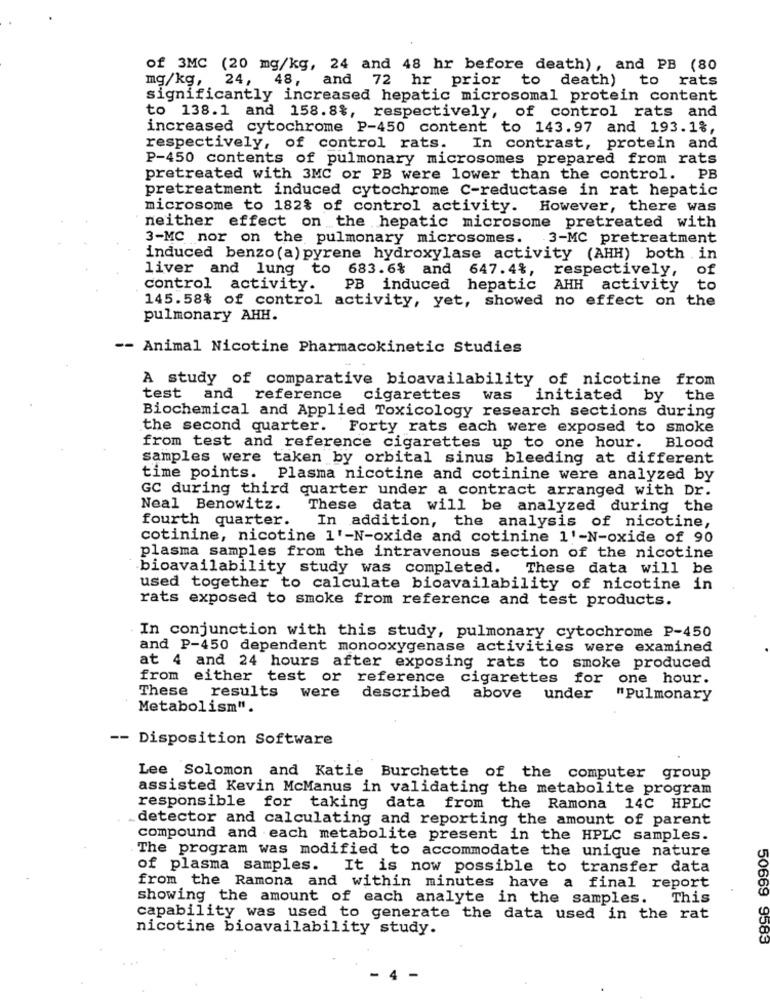
of 3MC (20 mg/kg, 24 and 48 hr before death), and PB (80
mg/kg, 24, 48, and 72 hr prior to death) to rats
significantly increased hepatic microsomal protein content
to 138.1 and 158.8%, respectively, of control rats and
increased cytochrome P-450 content to 143.97 and 193.1%,
respectively, of control rats. In contrast, protein and
P-450 contents of pulmonary microsomes prepared from rats
pretreated with 3MC or PB were lower than the control. PB
pretreatment induced cytochrome C-reductase in rat hepatic
microsome to 182% of control activity. However, there was
neither effect on the hepatic microsome pretreated with
3-MC nor on the pulmonary microsomes. 3-MC pretreatment
induced benzo (a) pyrene hydroxylase activity (AHH) both in
liver and lung to 683.6% and 647.4%,
respectively,
of
control activity.
PB induced hepatic AHH activity
to
145.58% of control activity, yet, showed no effect on the
pulmonary AHH.
-- Animal Nicotine Pharmacokinetic Studies
A study of comparative bioavailability of nicotine from
test
and reference
cigarettes
was
initiated by the
Biochemical and Applied Toxicology research sections during
the second quarter.
Forty rats each were exposed to smoke
from test and reference cigarettes up to one hour. Blood
samples were taken by orbital sinus bleeding at different
time points. Plasma nicotine and cotinine were analyzed by
GC during third quarter under a contract arranged with Dr.
Neal Benowitz.
These data will be analyzed during the
fourth quarter.
In addition, the analysis of nicotine,
cotinine, nicotine 1'-N-oxide and cotinine 1'-N-oxide of 90
plasma samples from the intravenous section of the nicotine
bioavailability study was completed.
These data will be
used together to calculate bioavailability of nicotine in
rats exposed to smoke from reference and test products.
In conjunction with this study, pulmonary cytochrome P-450
and P-450 dependent monooxygenase activities were examined
at 4 and 24 hours after exposing rats to smoke produced
from either test or
reference cigarettes for one hour.
These results
were
described
above under
"Pulmonary
Metabolism".
-- Disposition Software
Lee Solomon and Katie Burchette of the computer group
assisted Kevin McManus in validating the metabolite program
responsible for taking data from
the Ramona 14C HPLC
detector and calculating and reporting the amount of parent
compound and each metabolite present in the HPLC samples.
The program was modified to accommodate the unique nature
of plasma samples. It is now possible to transfer data
from the Ramona and within minutes have a final report
showing the amount of each analyte in the samples.
This
capability was used to generate the data used in the rat
nicotine bioavailability study.
50669 9583
- 4